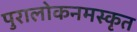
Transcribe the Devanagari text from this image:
पुरालोकनमस्कृत